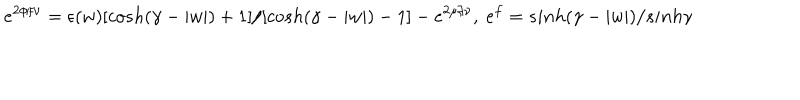
e ^ { 2 \phi / \nu } = \epsilon ( w ) [ c o s h ( \gamma - | w | ) + 1 ] / [ c o s h ( \gamma - | w | ) - 1 ] - e ^ { 2 \mu / \nu } , ~ e ^ { f } = s i n h ( \gamma - | w | ) / s i n h \gamma